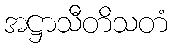
အဋ္ဌာသီတိသတံ